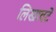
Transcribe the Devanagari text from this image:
लिखावटें